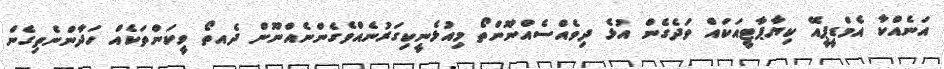
އަނެއްކާ އެމްޑީޕީއޭ ކިޔާޕާޓީއަކައް ވަދެގެން އުޅެ ދިވެއްސެއްނޫންތޯ މިއުޅެނީކިގަރުނެއްވެގެންނެއްނޫން ދެއތޯ ވީކަންތަކެއް ހަދާންނެތިގެން